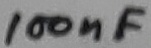
Text: 100nF